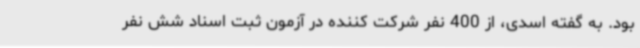
بود. به گفته اسدی، از 400 نفر شرکت کننده در آزمون ثبت اسناد شش نفر